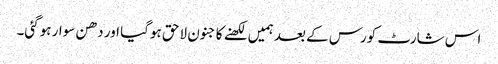
اس شارٹ کورس کے بعد ہمیں لکھنے کا جنون لاحق ہوگیا اور دھن سوار ہوگئی۔